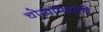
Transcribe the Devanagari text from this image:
चोखामेळांचे